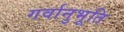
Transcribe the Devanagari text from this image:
गर्वानुभूति